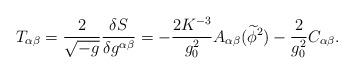
LaTeX: \begin{align*} T_{\alpha \beta } = \frac{2} {{\sqrt { -g}}}\frac{{\delta S}} {{\delta g^{\alpha \beta } }} =-\frac{2K^{-3}} {{g_0 ^2 }}A_{\alpha \beta}(\widetilde\phi^2)-\frac{2}{g_0^2}C_{\alpha\beta} .\end{align*}